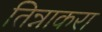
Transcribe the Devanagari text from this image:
तिन्नाकरा